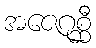
အဇေဂုစ္ဆီ